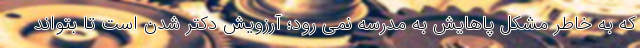
که به خاطر مشکل پاهایش به مدرسه نمی رود؛ آرزویش دکتر شدن است تا بتواند